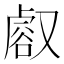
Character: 𧮸